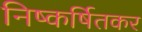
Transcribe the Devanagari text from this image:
निष्कर्षितकर